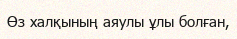
Өз халқының аяулы ұлы болған,